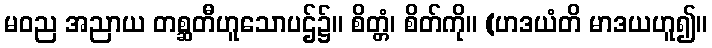
မဝည အညာယ တစ္ဆတီဟူသောပဌ်၌။ စိတ္တံ၊ စိတ်ကို။ (ဟဒယံတိ မာဒယဟူ၍။